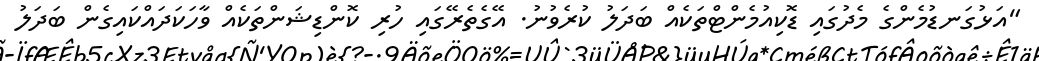
"އަޅުގަނޑުމެންގެ މެދުގައި ޑޮކިއުމެންޓްތަކެއް ބަދަލު ކުރެވުނު. އޭގެތެރޭގައި ހުރި ކޮންޑިޝަންތަކެއް ވާހަކަދައްކައިގެން ބަދަލު